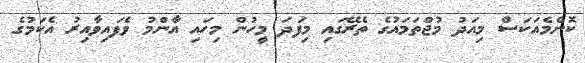
ކޮންމެއަކަސް މިއަދު މުޖްތަމައުގެ ތެރޭގައި މިފަދަ މީހުން މިހައި އާންމު ވެފައިވާއިރު އެކަމުގެ